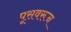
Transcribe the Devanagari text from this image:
पूसवरून